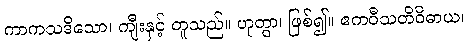
ကာကသဒိသော၊ ကျီးနှင့် တူသည်။ ဟုတွာ၊ ဖြစ်၍။ ဧကဝီသတိဝိဓာယ၊